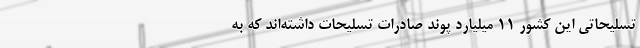
تسلیحاتی این کشور ۱۱ میلیارد پوند صادرات تسلیحات داشته‌اند که به‌